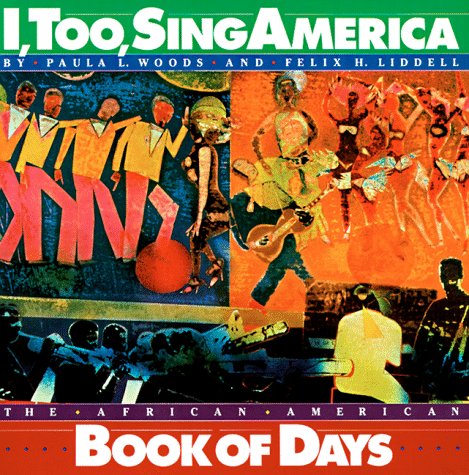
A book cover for I, Too, Sing America: The African-American Book of Days; Mary Hunt; Calendars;